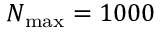
N _ { \mathrm { m a x } } = 1 0 0 0